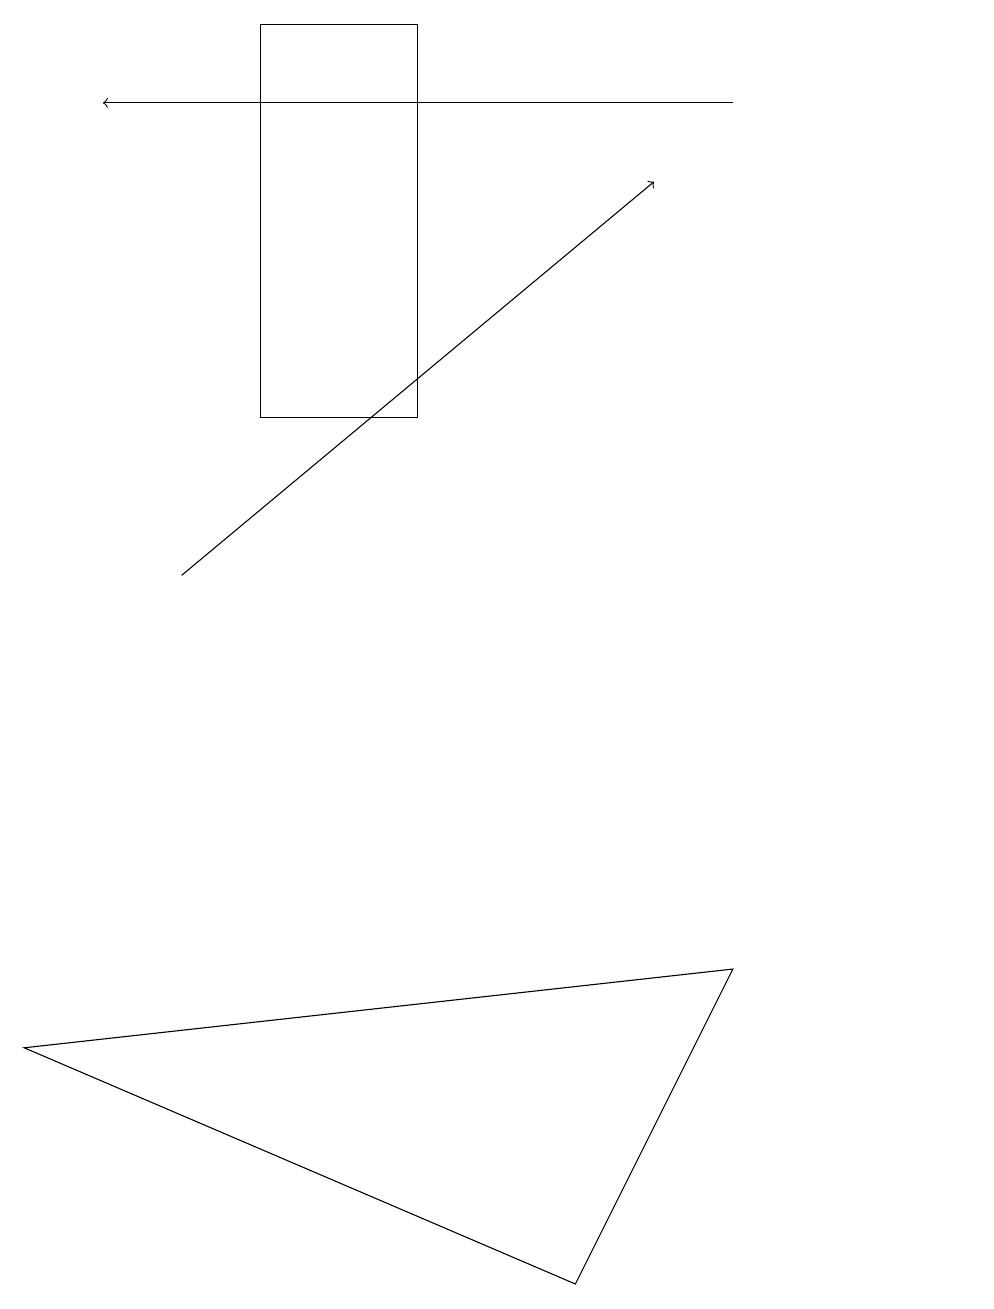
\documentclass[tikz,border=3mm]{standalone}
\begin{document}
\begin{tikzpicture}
\draw (9,7) -- (0,6) -- (7,3) -- cycle;
\draw (5,14) rectangle (3,19);
\draw (12,10) circle (0);
\draw[->] (9,18) -- (1,18);
\draw[->] (2,12) -- (8,17);
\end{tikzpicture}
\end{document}